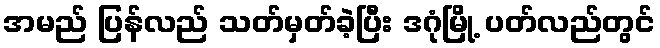
အမည် ပြန်လည် သတ်မှတ်ခဲ့ပြီး ဒဂုံမြို့ ပတ်လည်တွင်